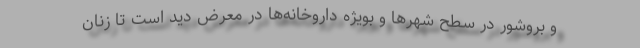
و بروشور در سطح شهرها و بویژه داروخانه‌ها در معرض دید است تا زنان